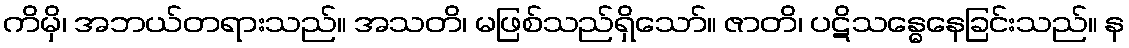
ကိမှိ၊ အဘယ်တရားသည်။ အသတိ၊ မဖြစ်သည်ရှိသော်။ ဇာတိ၊ ပဋိသန္ဓေနေခြင်းသည်။ န